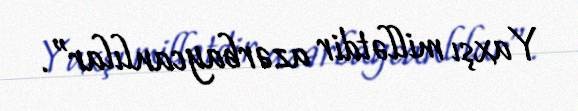
Yaxşı millətdir azərbaycanlılar”.